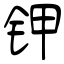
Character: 钾